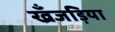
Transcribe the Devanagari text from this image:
खँजड़िया